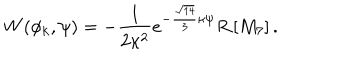
{ W ( \phi _ { k } , \psi ) = - \frac { 1 } { 2 \kappa ^ { 2 } } e ^ { - \frac { \sqrt { 1 4 } } { 3 } \kappa \psi } R \left[ M _ { 7 } \right] . }